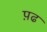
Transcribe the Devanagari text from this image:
प़ढ